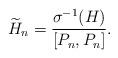
LaTeX: \begin{align*}\widetilde{H}_n=\frac{\sigma^{-1}(H)}{[P_n, P_n]}.\end{align*}